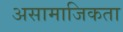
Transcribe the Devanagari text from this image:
असामाजिकता